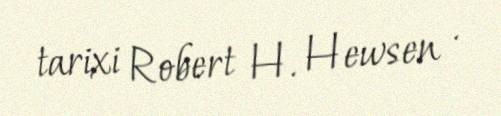
tarixi Robert H. Hewsen .